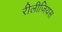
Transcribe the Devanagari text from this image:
रीलीजियस